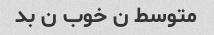
متوسط ن خوب ن بد